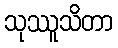
သုဿူသိတာ